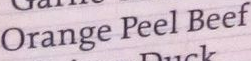
Orange Peel Beef